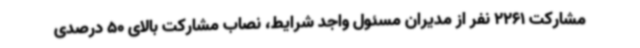
مشارکت 2261 نفر از مدیران مسئول واجد شرایط، نصاب مشارکت بالای 50 درصدی